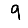
Digit: 9